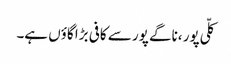
کلّی پور ،ناگے پور سے کافی بڑا گاؤں ہے۔